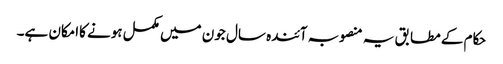
حکام کے مطابق یہ منصوبہ آئندہ سال جون میں مکمل ہونے کاامکان ہے۔